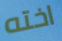
اخته